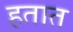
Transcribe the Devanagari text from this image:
हतात